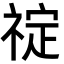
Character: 𬓆